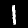
Label: 1